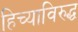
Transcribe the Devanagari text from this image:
हिच्याविरुद्ध